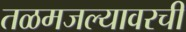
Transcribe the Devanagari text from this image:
तळमजल्यावरची